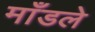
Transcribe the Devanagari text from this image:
माँडले